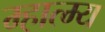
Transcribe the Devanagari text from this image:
म्हात्म्य